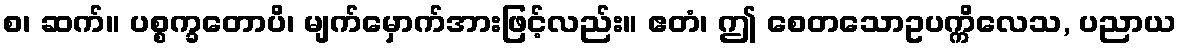
စ၊ ဆက်။ ပစ္စက္ခတောပိ၊ မျက်မှောက်အားဖြင့်လည်း။ ဧတံ၊ ဤ စေတသောဥပက္ကိလေသ, ပညာယ